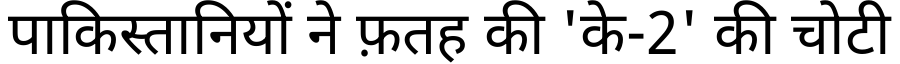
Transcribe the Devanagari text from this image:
पाकिस्तानियों ने फ़तह की 'के-2' की चोटी